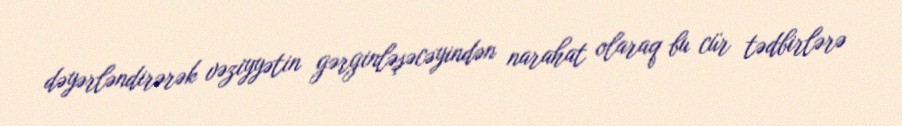
dəyərləndirərək vəziyyətin gərginləşəcəyindən narahat olaraq bu cür tədbirlərə